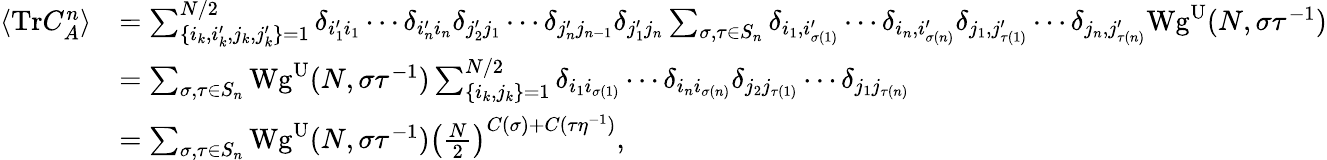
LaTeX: \begin{array}{rl}{\langle\mathrm{Tr}C_{A}^{n}\rangle}&{=\sum_{\{ i_{k},i_{k}^{\prime},j_{k},j_{k}^{\prime}\} =1}^{N/2}\delta_{i_{1}^{\prime}i_{1}}\cdots\delta_{i_{n}^{\prime}i_{n}}\delta_{j_{2}^{\prime}j_{1}}\cdots\delta_{j_{n}^{\prime}j_{n-1}}\delta_{j_{1}^{\prime}j_{n}}\sum_{\sigma,\tau\in S_{n}}\delta_{i_{1},i_{\sigma(1)}^{\prime}}\cdots\delta_{i_{n},i_{\sigma(n)}^{\prime}}\delta_{j_{1},j_{\tau(1)}^{\prime}}\cdots\delta_{j_{n},j_{\tau(n)}^{\prime}}\mathrm{Wg}^{\mathrm{U}}(N,\sigma\tau^{-1})}\\ &{=\sum_{\sigma,\tau\in S_{n}}\mathrm{Wg}^{\mathrm{U}}(N,\sigma\tau^{-1})\sum_{\lbrace i_{k},j_{k}\rbrace=1}^{N/2}\delta_{i_{1}i_{\sigma(1)}}\cdots\delta_{i_{n}i_{\sigma(n)}}\delta_{j_{2}j_{\tau(1)}}\cdots\delta_{j_{1}j_{\tau(n)}}}\\ &{=\sum_{\sigma,\tau\in S_{n}}\mathrm{Wg}^{\mathrm{U}}(N,\sigma\tau^{-1})\left(\frac{N}{2}\right)^{C(\sigma)+C(\tau\eta^{-1})},}\end{array}